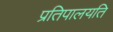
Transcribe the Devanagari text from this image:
प्रतिपालयति